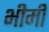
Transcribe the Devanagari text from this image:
भीमी